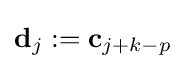
\mathbf {d} _{j}:=\mathbf {c} _{j+k-p}